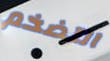
التضخم